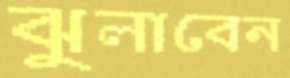
ঝুলাবেন